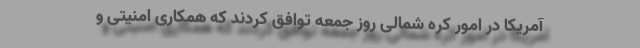
آمریکا در امور کره شمالی روز جمعه توافق کردند که همکاری امنیتی و